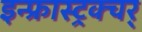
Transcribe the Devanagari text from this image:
इन्फ्रास्ट्रक्चर्